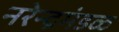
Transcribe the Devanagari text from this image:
नरेन्द्रमंडळ